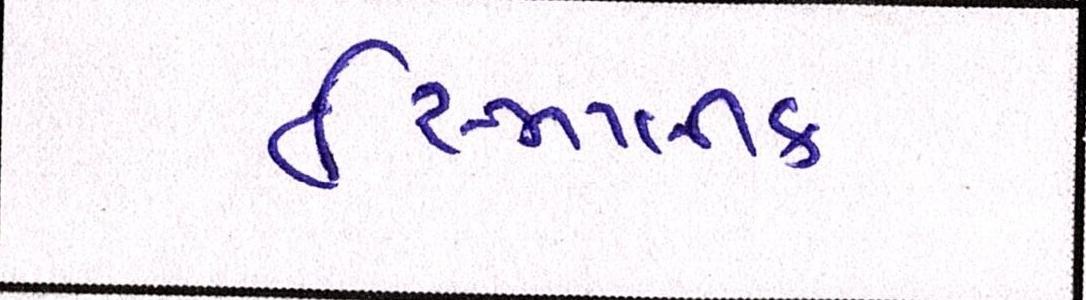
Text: ઈસ્લામીક